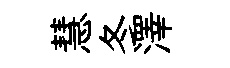
慧冬澤